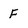
Character: F